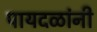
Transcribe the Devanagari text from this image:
पायदळांनी